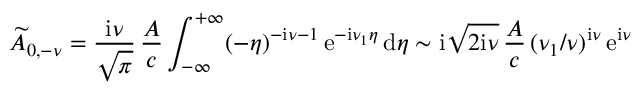
\widetilde { A } _ { 0 , - \nu } = \frac { \mathrm { i } \nu } { \sqrt { \pi } } \, \frac { { \cal A } } { c } \int _ { - \infty } ^ { + \infty } ( - \eta ) ^ { - \mathrm { i } \nu - 1 } \, \mathrm { e } ^ { - \mathrm { i } \nu _ { 1 } \eta } \, \mathrm { d } \eta \sim \mathrm { i } \sqrt { 2 \mathrm { i } \nu } \, \frac { { \cal A } } { c } \, ( \nu _ { 1 } / \nu ) ^ { \mathrm { i } \nu } \, \mathrm { e } ^ { \mathrm { i } \nu }